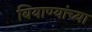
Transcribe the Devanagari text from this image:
बियाण्यांच्या